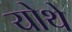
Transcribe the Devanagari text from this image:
योथे